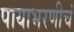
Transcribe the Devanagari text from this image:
पायाभरणीचं